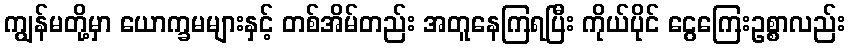
ကျွန်မတို့မှာ ယောက္ခမများနှင့် တစ်အိမ်တည်း အတူနေကြရပြီး ကိုယ်ပိုင် ငွေကြေးဥစ္စာလည်း